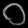
Digit: ၀